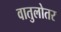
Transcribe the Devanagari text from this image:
वातुलोतर